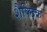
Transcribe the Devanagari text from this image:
शैक्छिक